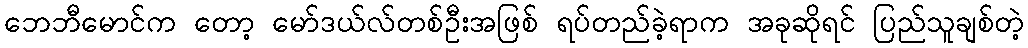
ဘေဘီမောင်က တော့ မော်ဒယ်လ်တစ်ဦးအဖြစ် ရပ်တည်ခဲ့ရာက အခုဆိုရင် ပြည်သူချစ်တဲ့